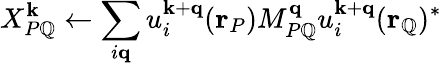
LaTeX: X_{P\mathbb{Q}}^{\mathbf{{k}}}\leftarrow\sum_{i\mathbf{{q}}}u_{i}^{\mathbf{{k}}+\mathbf{{q}}}(\mathbf{{r}}_{P})M_{P\mathbb{Q}}^{\mathbf{{q}}}u_{i}^{\mathbf{{k}}+\mathbf{{q}}}(\mathbf{{r}}_{\mathbb{Q}})^{*}